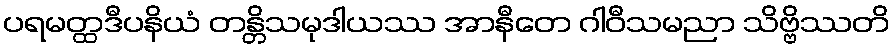
ပရမတ္ထဒီပနိယံ တန္တိသမုဒါယဿ အာနီတေ ဂါဝီသမညာ သိဗ္ဗိဿတိ